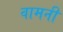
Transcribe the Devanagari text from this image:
वामनी